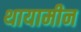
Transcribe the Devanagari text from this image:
थायामीन